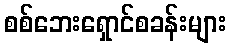
စစ်ဘေးရှောင်စခန်းများ